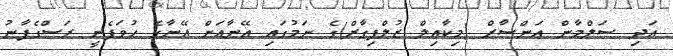
އަދި ސަލްމާން އަންސާރް (މިކާއިލް ޒުލްފިގާރް)ގެ ނަމުގައި އޭނާއަށް އޭނާގެ ހުވަފެނީ ރަސްގެފާނު